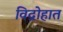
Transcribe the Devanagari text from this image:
विद्रोहात